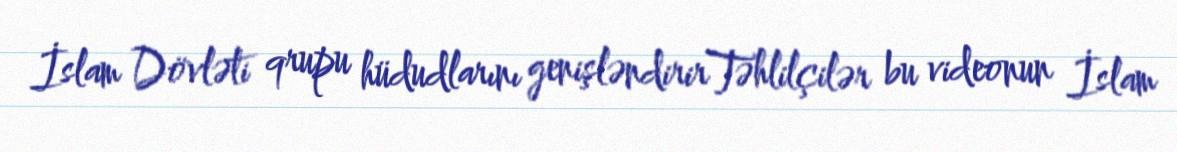
İslam Dövləti qrupu hüdudlarını genişləndirirTəhlilçilər bu videonun İslam